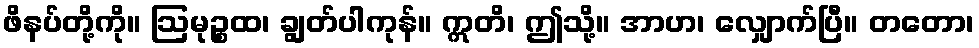
ဖိနပ်တို့ကို။ ဩမုဉ္စထ၊ ချွတ်ပါကုန်။ ဣတိ၊ ဤသို့။ အာဟ၊ လျှောက်ပြီ။ တတော၊